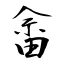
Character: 畲